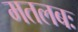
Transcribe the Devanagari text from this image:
मतलबः